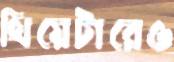
থিয়েটারেও